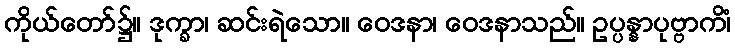
ကိုယ်တော်၌။ ဒုက္ခာ၊ ဆင်းရဲသော။ ဝေဒနာ၊ ဝေဒနာသည်။ ဥပ္ပန္နာပုဗ္ဗာကိံ၊